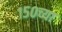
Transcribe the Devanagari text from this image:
१५०च्या